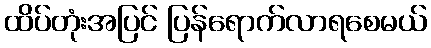
ထိပ်တုံးအပြင် ပြန်ရောက်လာရစေမယ်